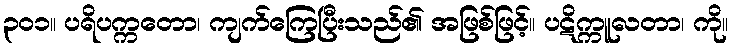
၃၀၁။ ပရိပက္ကတော၊ ကျက်ကြေပြီးသည်၏ အဖြစ်ဖြင့်။ ပဋိက္ကူလတာ၊ ကို။